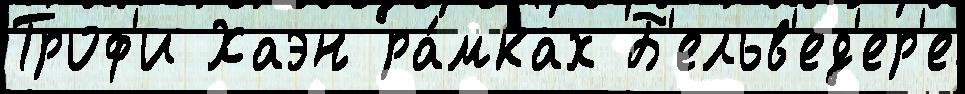
Троф'и Хаэн ра́мках Б'ельв'ед'ер'е